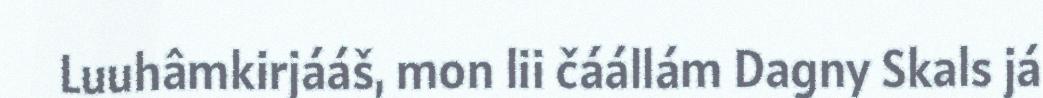
Luuhâmkirjááš, mon lii čáállám Dagny Skals já